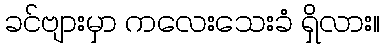
ခင်ဗျားမှာ ကလေးသေးခံ ရှိလား။